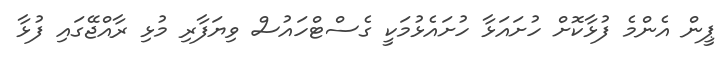
ޕީން އެންމެ ފުޅާކޮށް ހުށައަޅާ ހުށައެޅުމަކީ ގެސްޓްހައުސް ވިޔަފާރި މުޅި ރާއްޖޭގައި ފުޅާ